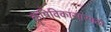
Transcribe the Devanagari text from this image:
कॄषिविकासासाठी